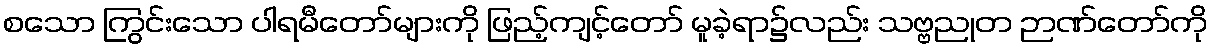
စသော ကြွင်းသော ပါရမီတော်များကို ဖြည့်ကျင့်တော် မူခဲ့ရာ၌လည်း သဗ္ဗညုတ ဉာဏ်တော်ကို